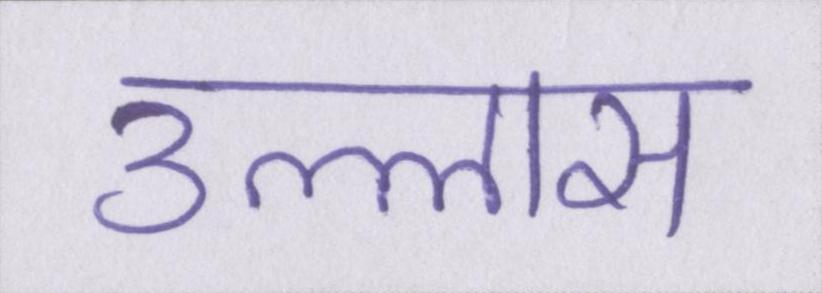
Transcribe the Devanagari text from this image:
उल्लास